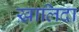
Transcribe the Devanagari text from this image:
ख़ालिदा